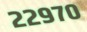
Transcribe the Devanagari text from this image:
२२९७०